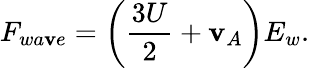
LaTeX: F_{wa\mathbf{v}e}=\left(\frac{{3U}}{{2}}+\mathbf{v}_{A}\right)E_{w}.